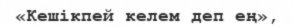
«Кешікпей келем деп ең»,